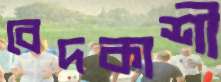
বেদকাশী